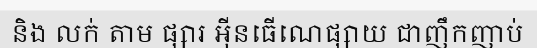
និង លក់ តាម ផ្សារ អ៊ីនធើណេផ្សាយ ជាញឹកញាប់